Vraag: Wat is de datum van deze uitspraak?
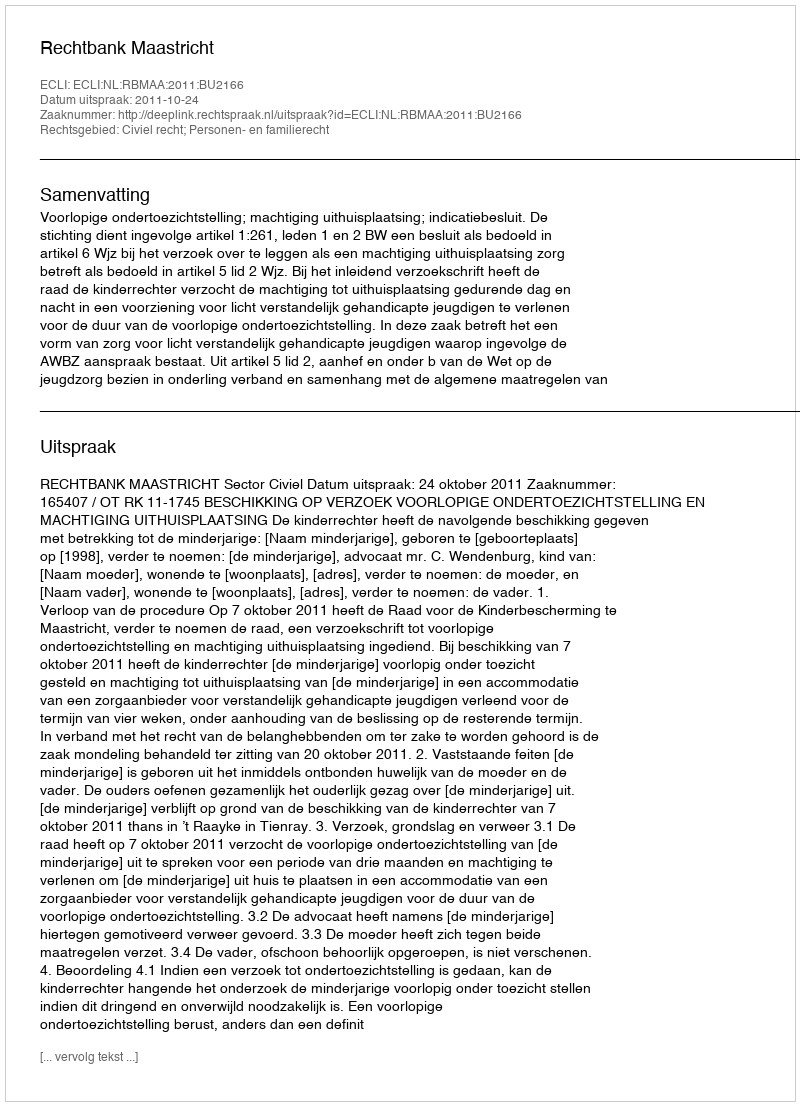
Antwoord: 2011-10-24